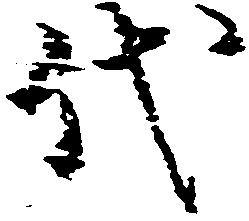
代